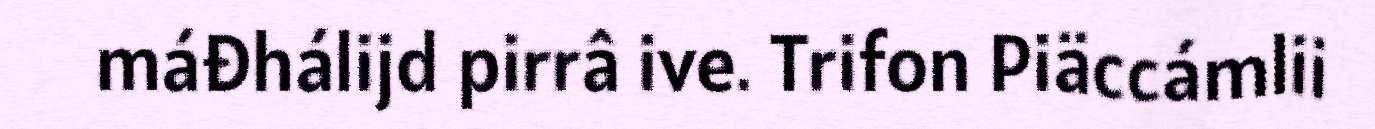
máđhálijd pirrâ ive. Trifon Piäccámlii